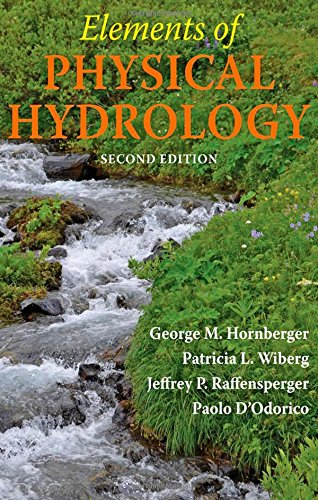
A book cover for Elements of Physical Hydrology; George M. Hornberger; Science & Math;